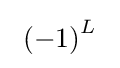
~\left(-1\right)^{L}~